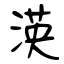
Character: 渶